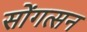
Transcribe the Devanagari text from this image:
सोंगत्सन